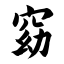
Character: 窈